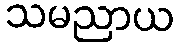
သမညာယ